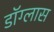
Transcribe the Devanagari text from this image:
डॉग्लास